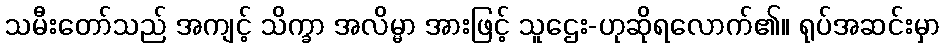
သမီးတော်သည် အကျင့် သိက္ခာ အလိမ္မာ အားဖြင့် သူဌေး-ဟုဆိုရလောက်၏။ ရုပ်အဆင်းမှာ